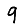
Digit: 9